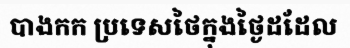
បាងកក ប្រទេសថៃក្នុងថ្ងៃដដែល